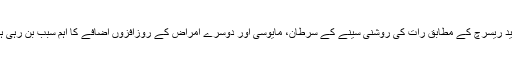
جدید ریسرچ کے مطابق رات کی روشنی سینے کے سرطان، مایوسی اور دوسرے امراض کے روزافزوں اضافے کا اہم سبب بن رہی ہے۔